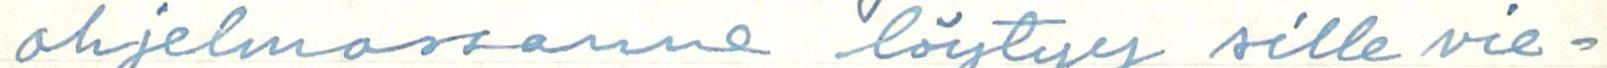
ohjelmassanne löytyy sille vie-